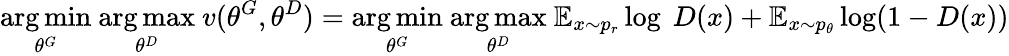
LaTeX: \underset{\theta^{G}}{\arg\operatorname*{min}}\ \underset{\theta^{D}}{\arg\operatorname*{max}}\ v(\theta^{G},\theta^{D})=\underset{\theta^{G}}{\arg\operatorname*{min}}\ \underset{\theta^{D}}{\arg\operatorname*{max}}\ \mathbb{E}_{x\sim p_{r}}\log\ D(x)+\mathbb{E}_{x\sim p_{\theta}}\log(1-D(x))